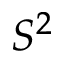
S ^ { 2 }